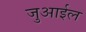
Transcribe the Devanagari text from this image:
जुआईल